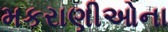
મકરાણીઓના